Vaccination in Bombay 1863-1868 - 1863-1868
Year: 1863
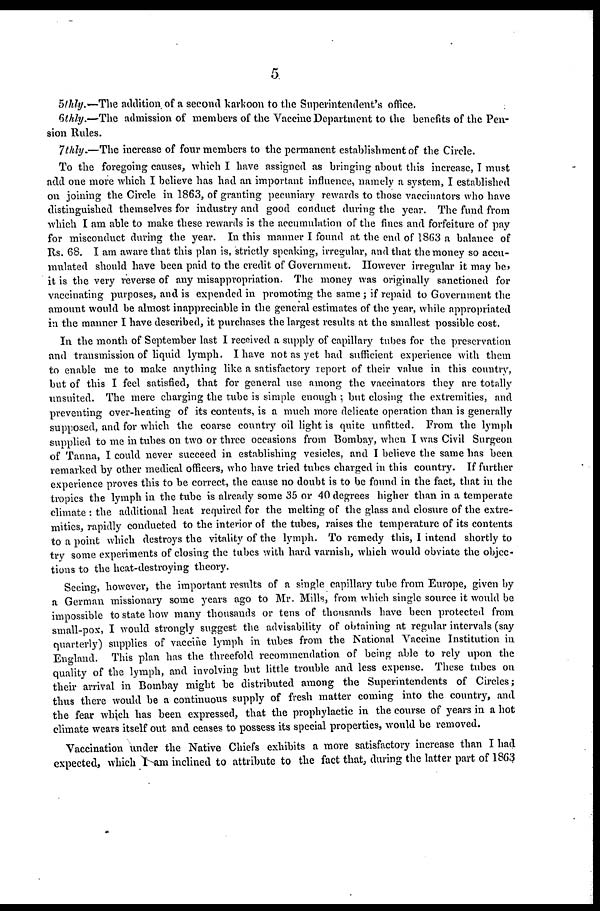
5
5thly.—The addition of a second karkoon to the Superintendent's office.
6thly.—The admission of members of the Vaccine Department to the benefits of the Pen-
sion Rules.
7thly.—The increase of four members to the permanent establishment of the Circle.
To the foregoing causes, which I have assigned as bringing about this increase, I must
add one more which I believe has had an important influence, namely a system, I established
on joining the Circle in 1863, of granting pecuniary rewards to those vaccinators who have
distinguished themselves for industry and good conduct during the year. The fund from
which I am able to make these rewards is the accumulation of the fines and forfeiture of pay
for misconduct during the year. In this manner I found at the end of 1863 a balance of
Rs. 68. I am aware that this plan is, strictly speaking, irregular, and that the money so accu-
mulated should have been paid to the credit of Government. However irregular it may be,
it is the very reverse of any misappropriation. The money was originally sanctioned for
vaccinating purposes, and is expended in promoting the same ; if repaid to Government the
amount would be almost inappreciable in the general estimates of the year, while appropriated
in the manner I have described, it purchases the largest results at the smallest possible cost.
In the month of September last I received a supply of capillary tubes for the preservation
and transmission of liquid lymph. I have not as yet had sufficient experience with them
to enable me to make anything like a satisfactory report of their value in this country,
but of this I feel satisfied, that for general use among the vaccinators they are totally
unsuited. The mere charging the tube is simple enough ; but closing the extremities, and
preventing over-heating of its contents, is a much more delicate operation than is generally
supposed, and for which the coarse country oil light is quite unfitted. From the lymph
supplied to me in tubes on two or three occasions from Bombay, when I was Civil Surgeon
of Tanna, I could never succeed in establishing vesicles, and I believe the same has been
remarked by other medical officers, who have tried tubes charged in this country. If further
experience proves this to be correct, the cause no doubt is to be found in the fact, that in the
tropics the lymph in the tube is already some 35 or 40 degrees higher than in a temperate
climate : the additional heat required for the melting of the glass and closure of the extre-
mities, rapidly conducted to the interior of the tubes, raises the temperature of its contents
to a point which destroys the vitality of the lymph. To remedy this, I intend shortly to
try some experiments of closing the tubes with hard varnish, which would obviate the objec-
tions to the heat-destroying theory.
Seeing, however, the important results of a single capillary tube from Europe, given by
a German missionary some years ago to Mr. Mills, from which single source it would be
impossible to state how many thousands or tens of thousands have been protected from
small-pox, I would strongly suggest the advisability of obtaining at regular intervals (say
quarterly) supplies of vaccine lymph in tubes from the National Vaccine Institution in
England. This plan has the threefold recommendation of being able to rely upon the
quality of the lymph, and involving but little trouble and less expense. These tubes on
their arrival in Bombay might be distributed among the Superintendents of Circles;
thus there would be a continuous supply of fresh matter coming into the country, and
the fear which has been expressed, that the prophylactic in the course of years in a hot
climate wears itself out and ceases to possess its special properties, would be removed.
Vaccination under the Native Chiefs exhibits a more satisfactory increase than I had
expected, which I am inclined to attribute to the fact that, during the latter part of 1863